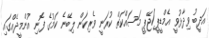
އަދީބު ވިދާޅުވީ އެމްޑީޕީ/ޖޭޕީ މަސައްކަތް ކުރަނީ ވެރިކަން ލިބޭނެ ކަމުގެ ފޮނި އުންމީދެއްގައި